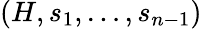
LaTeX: (H,s_{1},\dots,s_{n-1})